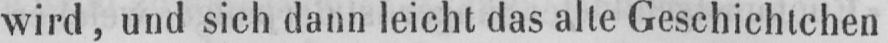
wird, und sich dann leicht das alte Geschichtchen